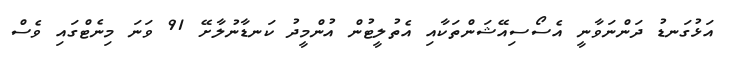
އަޅުގަނޑު ދަންނަވާނީ އެސޯސިއޭޝަންތަކާއި އެތުލީޓުން އުންމީދު ކަނޑާނުލާށޭ 91 ވަނަ މިނެޓްގައި ވެސް